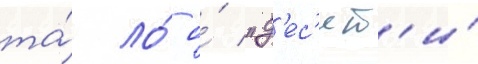
та́ ло́ о́ "д'ес'ят'и́